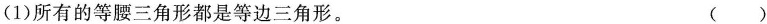
(1)所有的等腰三角形都是等边三角形。 ()